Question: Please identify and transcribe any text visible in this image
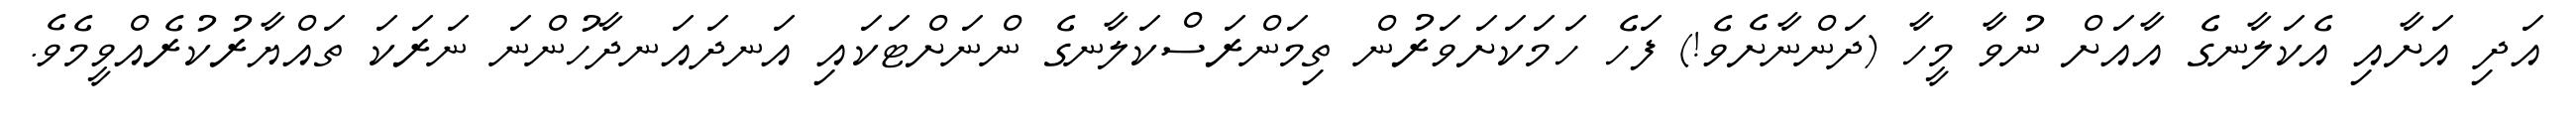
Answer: އަދި އަށާއި އެކަލާނގެ އާއަށް ނުވާ މީހާ (ދަންނާށެވެ!) ފަހެ ހަމަކަށަވަރުން ތިމަންރަސްކަލާނގެ ންނަށްޓަކައި އަނދައަނދާހުންނަ ނަރަކަ ތައްޔާރުކުރެއްވީމެވެ.